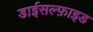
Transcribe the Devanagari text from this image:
डाईसल्फ़ाइड